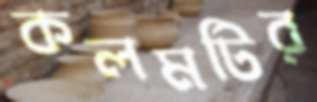
কলমটির